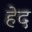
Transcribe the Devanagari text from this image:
हेद